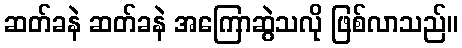
ဆတ်ခနဲ ဆတ်ခနဲ အကြောဆွဲသလို ဖြစ်လာသည်။